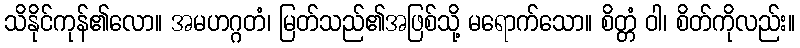
သိနိုင်ကုန်၏လော။ အမဟဂ္ဂတံ၊ မြတ်သည်၏အဖြစ်သို့ မရောက်သော။ စိတ္တံ ဝါ၊ စိတ်ကိုလည်း။